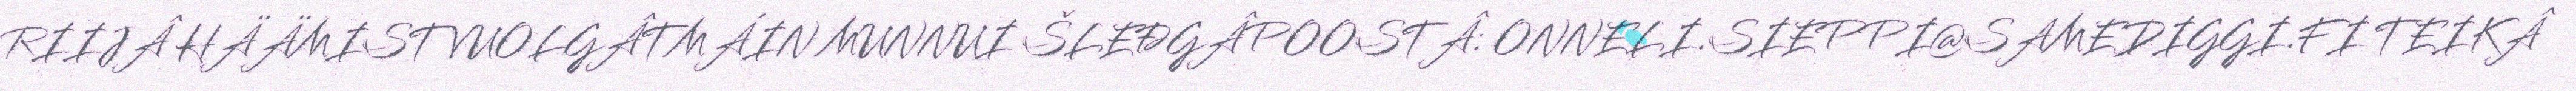
RIIJÂ HÄÄMIST VUOLGÂTMÁIN MUNNUI ŠLEĐGÂPOOSTÂ: ONNELI.SIEPPI@SAMEDIGGI.FI TEIKÂ